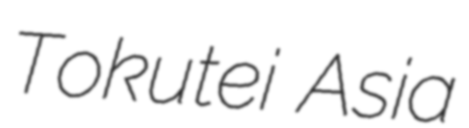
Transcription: Tokutei Asia